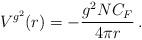
LaTeX: \begin{align*} V^{g^2}(r)= -\frac{g^2 N C_F}{4\pi r} \,.\end{align*}